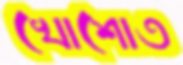
খোশোত